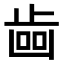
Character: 𣥼